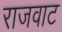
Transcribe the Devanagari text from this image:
राजवाट